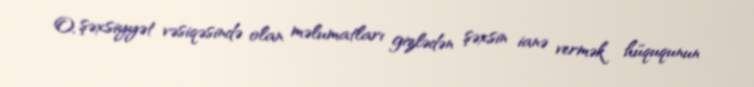
O, şəxsiyyət vəsiqəsində olan məlumatları gizlədən şəxsin ianə vermək hüququnun